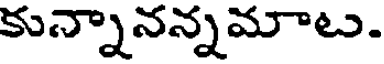
కున్నానన్నమాట.